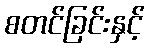
စတင်ခြင်းနှင့်